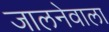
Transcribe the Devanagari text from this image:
जालनेवाला